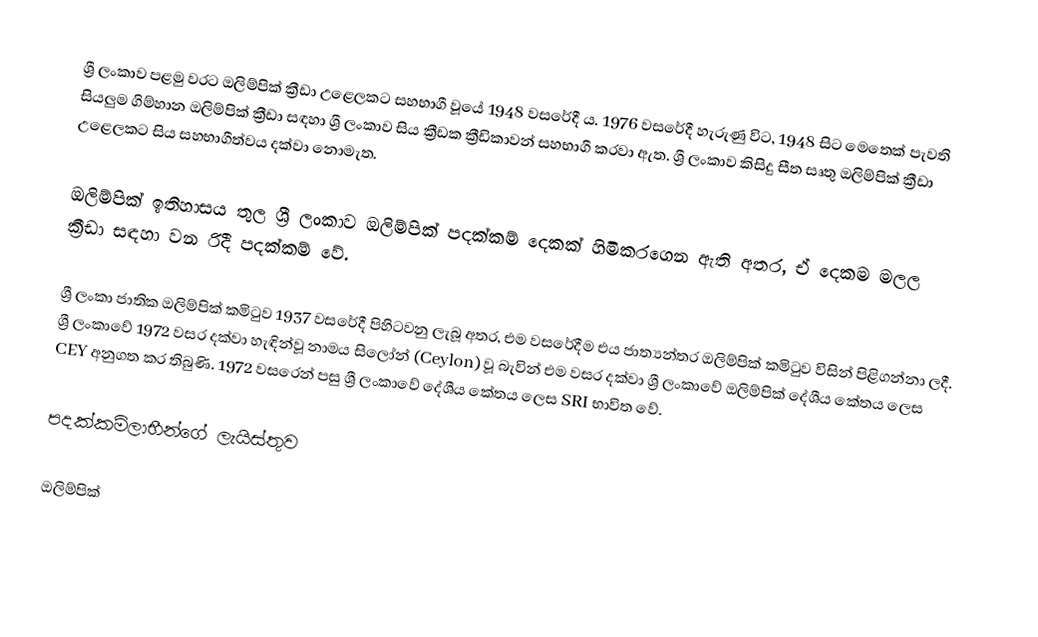
ශ්‍රී ලංකාව පළමු වරට ඔලිම්පික් ක්‍රීඩා උළෙලකට සහභාගී වූයේ 1948 වසරේදී ය. 1976 වසරේදී හැරුණු විට, 1948 සිට මෙතෙක් පැවති සියලුම ගිම්හාන ඔලිම්පික් ක්‍රීඩා සඳහා ශ්‍රී ලංකාව සිය ක්‍රීඩක ක්‍රීඩිකාවන් සහභාගී කරවා ඇත. ශ්‍රී ලංකාව කිසිදු සීත සෘතු ඔලිම්පික් ක්‍රීඩා උළෙලකට සිය සහභාගීත්වය දක්වා නොමැත.

ඔලිම්පික් ඉතිහාසය තුල ශ්‍රී ලංකාව ඔලිම්පික් පදක්කම් දෙකක් හිමිකරගෙන ඇති අතර, ඒ දෙකම මලල ක්‍රීඩා සඳහා වන රිදී පදක්කම් වේ.

ශ්‍රී ලංකා ජාතික ඔලිම්පික් කමිටුව 1937 වසරේදී පිහිටවනු ලැබූ අතර, එම වසරේදීම එය ජාත්‍යන්තර ඔලිම්පික් කමිටුව විසින් පිළිගන්නා ලදී. ශ්‍රී ලංකාවේ 1972 වසර දක්වා හැඳින්වූ නාමය සිලෝන් (Ceylon) වූ බැවින් එම වසර දක්වා ශ්‍රී ලංකාවේ ඔලිම්පික් දේශීය කේතය ලෙස CEY අනුගත කර තිබුණි. 1972 වසරෙන් පසු ශ්‍රී ලංකාවේ දේශීය කේතය ලෙස SRI භාවිත වේ.

පදක්කම්ලාභීන්ගේ ලැයිස්තුව

ඔලිම්පික්